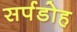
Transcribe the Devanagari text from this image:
सर्पडोह